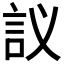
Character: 𲁤